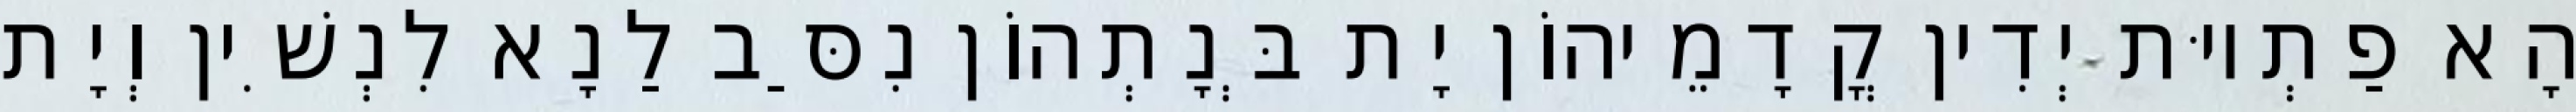
הָא פַתְיוּת יְדִין קֳדָמֵיהוֹן יָת בְּנָתְהוֹן נִסַּב לַנָא לִנְשִׁין וְיָת